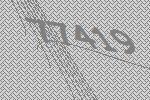
77419